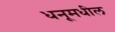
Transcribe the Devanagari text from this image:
धनूमधील